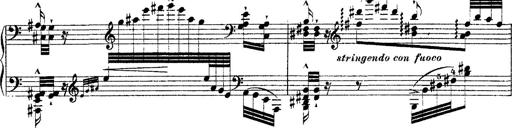
Title: Ã‰tudes d'exÃ©cution transcendante d'aprÃ¨s Paganini
Composer: Franz Liszt